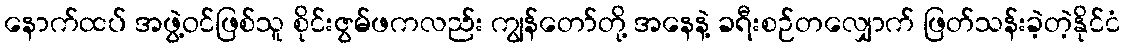
နောက်ထပ် အဖွဲ့ဝင်ဖြစ်သူ စိုင်းဇွမ်ဖကလည်း ကျွန်တော်တို့ အနေနဲ့ ခရီးစဉ်တလျှောက် ဖြတ်သန်းခဲ့တဲ့နိုင်ငံ